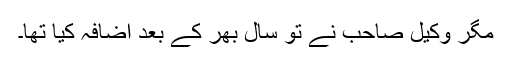
مگر وکیل صاحب نے تو سال بھر کے بعد اضافہ کیا تھا۔